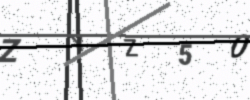
Text: ZYZ50